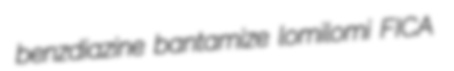
benzdiazine bantamize lomilomi FICA